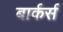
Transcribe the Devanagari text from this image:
बार्कर्स